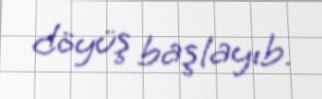
döyüş başlayıb.